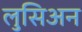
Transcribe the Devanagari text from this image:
लुसिअन